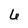
Character: 6